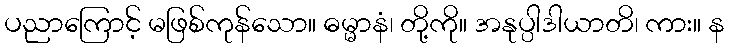
ပညာကြောင့် မဖြစ်ကုန်သော။ ဓမ္မာနံ၊ တို့ကို။ အနုပ္ပါဒါယာတိ၊ ကား။ န